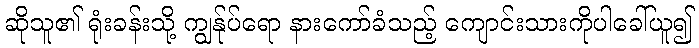
ဆိုသူ၏ ရုံးခန်းသို့ ကျွန်ုပ်ရော နားကော်ခံသည့် ကျောင်းသားကိုပါခေါ်ယူ၍